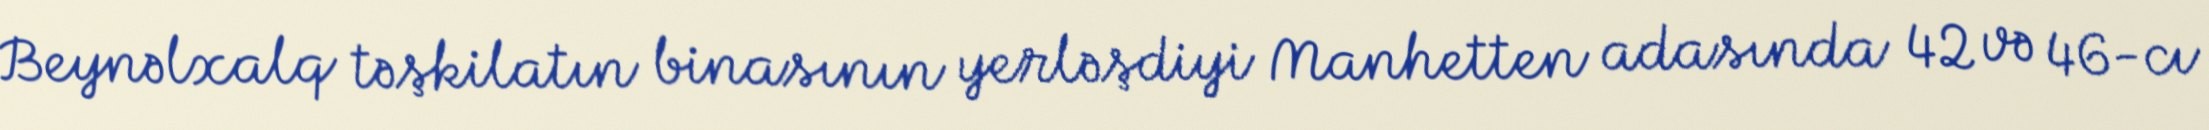
Beynəlxalq təşkilatın binasının yerləşdiyi Manhetten adasında 42 və 46-cı